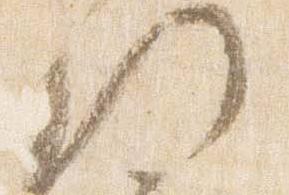
門